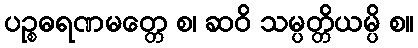
ပဉ္စဓရဏမတ္တေ စ၊ ဆဝိ သမ္ပတ္တိယမ္ပိ စ။